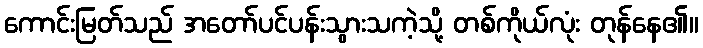
ကောင်းမြတ်သည် အတော်ပင်ပန်းသွားသကဲ့သို့ တစ်ကိုယ်လုံး တုန်နေ၏။